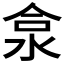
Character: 𱦕